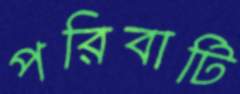
পরিবাটি